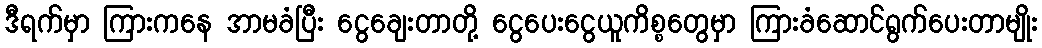
ဒီရက်မှာ ကြားကနေ အာမခံပြီး ငွေချေးတာတို့ ငွေပေးငွေယူကိစ္စတွေမှာ ကြားခံဆောင်ရွက်ပေးတာမျိုး